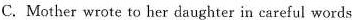
C. Mother wrote to her daughter in careful words